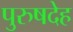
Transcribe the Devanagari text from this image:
पुरुषदेह